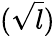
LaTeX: (\sqrt{l})